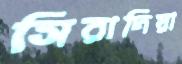
সিরাদিয়া